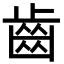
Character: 齒